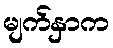
မျက်နှာက